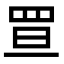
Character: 𦊥